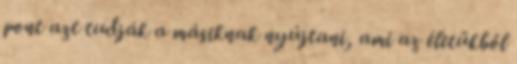
pont azt tudják a másiknak nyújtani, ami az életükből